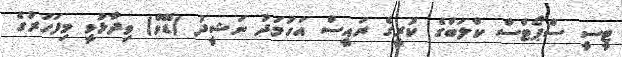
ޓީސީ ސްޕޯޓްސް ކްލަބްގެ ކުރީގެ ރައީސް އަހުމަދު ނަޝީދު (ޑޭވް) ވިދާޅުވީ މިފަހަރުގެ